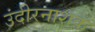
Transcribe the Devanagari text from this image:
उंदीरनाशक